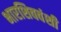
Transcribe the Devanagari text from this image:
भारशिववंशी